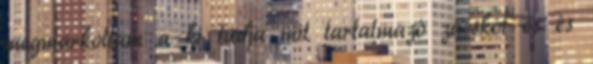
megmarkoltam a ki tudja mit tartalmazó zacskót és és